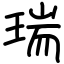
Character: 瑞